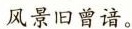
风景旧曾谙。